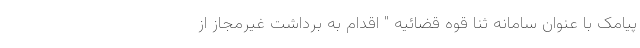
پیامک با عنوان سامانه ثنا قوه قضائیه " اقدام به برداشت غیرمجاز از